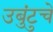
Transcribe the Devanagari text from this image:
उबुंटुचे